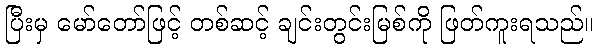
ပြီးမှ မော်တော်ဖြင့် တစ်ဆင့် ချင်းတွင်းမြစ်ကို ဖြတ်ကူးရသည်။